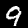
Digit: 9